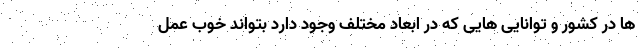
ها در کشور و توانایی هایی که در ابعاد مختلف وجود دارد بتواند خوب عمل